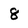
Character: 8